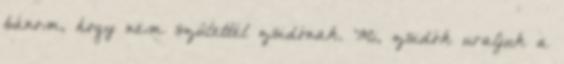
bánom, hogy nem születtél zsidónak. Mi, zsidók uraljuk a